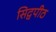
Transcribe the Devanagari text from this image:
सिद्वपीठ